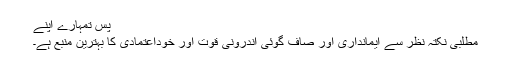
پس تمہارے اپنے
مطلبی نکتہ نظر سے ایمانداری اور صاف گوئی اندرونی قوت اور خوداعتمادی کا بہترین منبع ہے۔